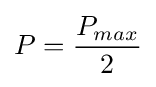
P={\frac {P_{max}}{2}}